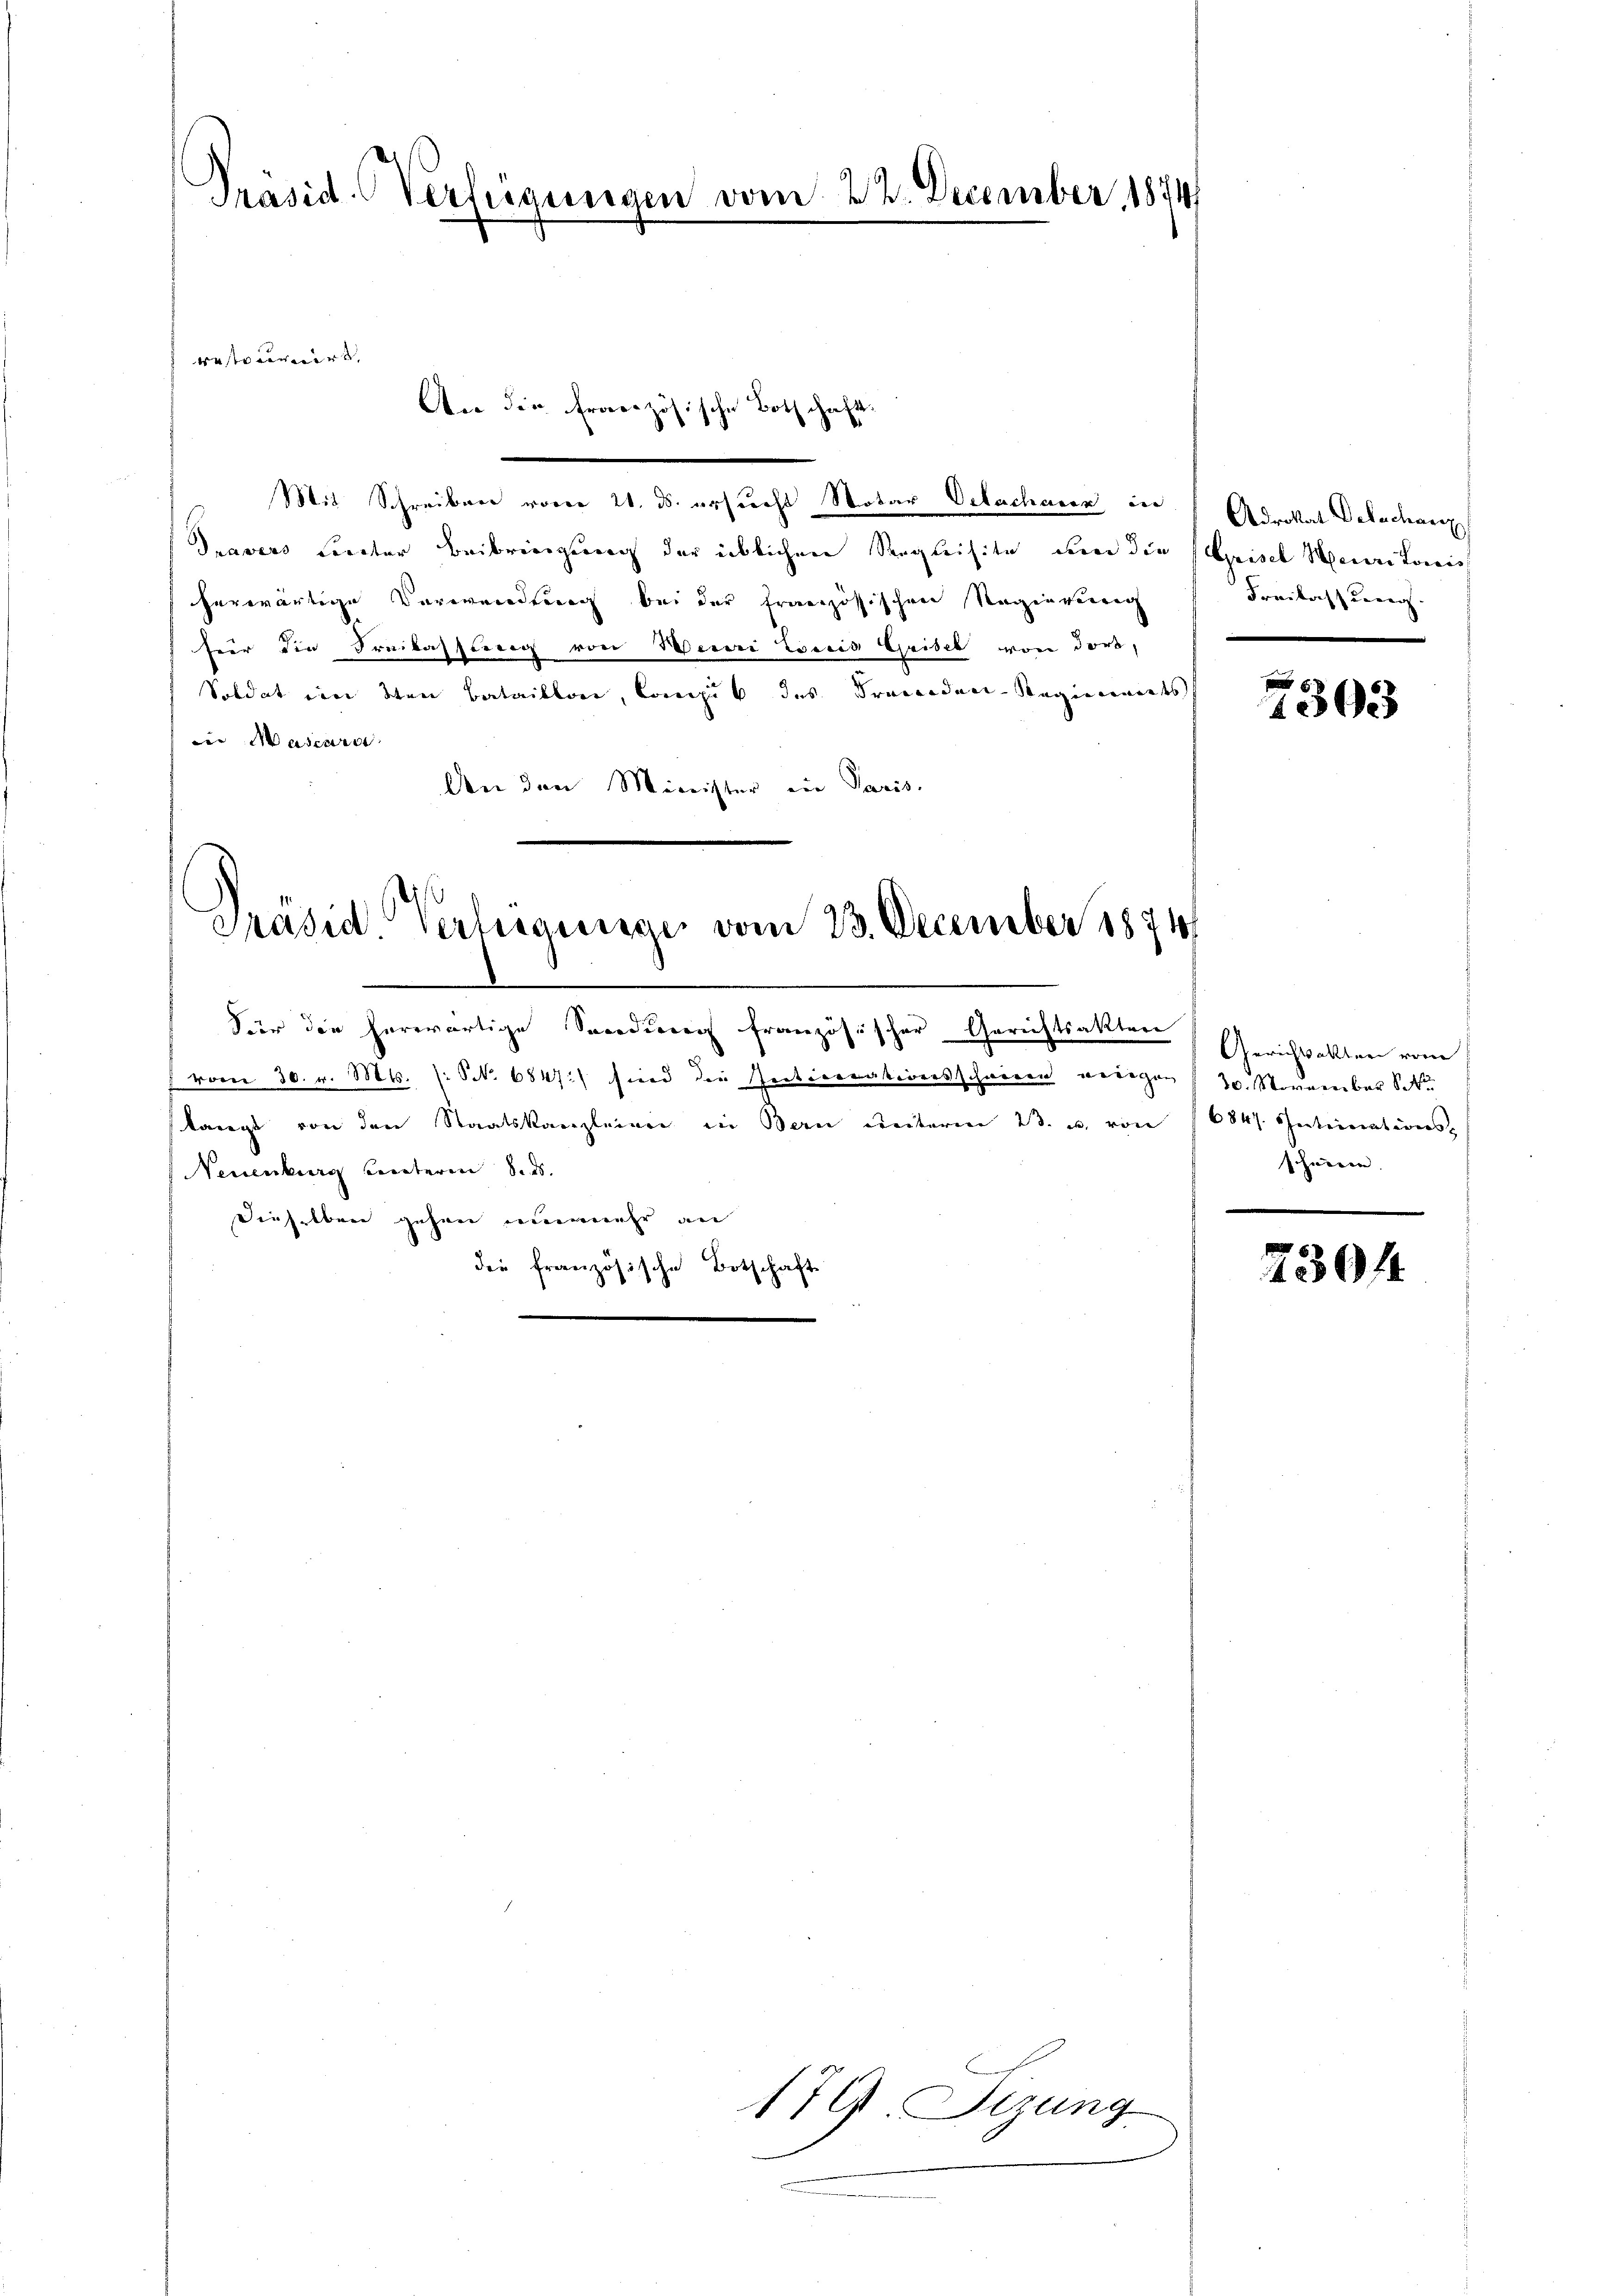
Präsid. Verfügungen vom 22. December 1874

Mit Schreiber vorer 21. ds. ersucht Notar Delachauer in
Travers Liedter Beibringung der üblichen Requisite um die Parisel Meuritonis
herwärtige Verwendung bei der französischen Regierung
fer die Freilassung von Berei Concis Gribel von dort,
Soldat im den Bataillon, Concik des Fremden-Regiminats
iin Mascara
An den Minister ein Paris

westerinnert,

An die Französische Bothschaft¬

Präsid. Verfügunge vom 23. December 1874.

Für die herwärtige Sendung französischer Gerichtsakten
f von 30. v. Mts. (: S. 6847) sind der Secticorationsschweren wenigen 20. November Str
langt von den Staatskanzleien in Bern unterm 23. u. von 16847. Intimations-
(Neuenburg unterm 8. d.
dieselben gehen nunmehr an
die französische Botschaft

179. Sizung.

Adrokat Delachanz
Freilassung.

Gerichtsakter vom
schweren.

8
40023

2304